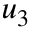
\displaystyle \boldsymbol { u } _ { 3 }